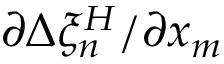
{ \partial \Delta \xi _ { n } ^ { H } } / { \partial x _ { m } }